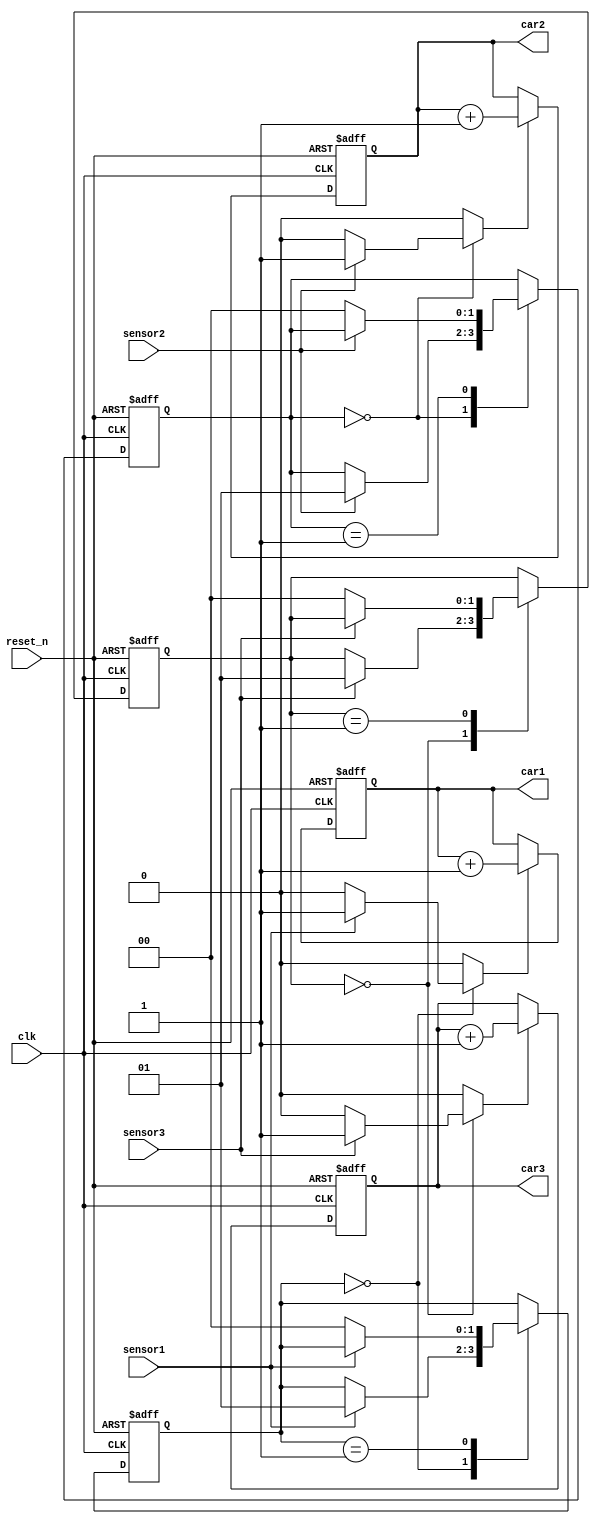
module count_car (
	input            clk        ,    
	input            reset_n    ,  
	input            sensor1    ,
	input            sensor2    ,
	input            sensor3    ,
	output reg [1:0] car1       ,
	output reg [1:0] car2       ,
	output reg [1:0] car3);

	reg [1:0] next_state_c1, current_state_c1;
	reg [1:0] next_state_c2, current_state_c2;
	reg [1:0] next_state_c3, current_state_c3;
	reg inc1;
	reg inc2;
	reg inc3;


localparam HOLD       = 2'b00,
           INC        = 2'b01;

always @(posedge clk or negedge reset_n) begin
	if(~reset_n) begin
		current_state_c1 <= 0;
	end else begin
		current_state_c1 <= next_state_c1;
	end
end

always @(*) begin
	inc1 = 1'b0;
	next_state_c1 = current_state_c1;
	case (current_state_c1)
		HOLD: begin 
			if (sensor1) begin
				inc1 = 1'b1;
				next_state_c1 = INC;
			end else begin 
				next_state_c1 = current_state_c1;
			end
		end
		INC: begin 
			if (!sensor1) begin
				next_state_c1 = HOLD;
			end
		end
	endcase
end

always @(posedge clk or negedge reset_n) begin
	if(~reset_n) begin
		current_state_c2 <= 0;
	end else begin
		current_state_c2 <= next_state_c2;
	end
end

always @(*) begin
	inc2 = 1'b0;
	next_state_c2 = current_state_c2;
	case (current_state_c2)
		HOLD: begin 
			if (sensor2) begin
				inc2 = 1'b1;
				next_state_c2 = INC;
			end
		end
		INC: begin 
			if (!sensor2) begin
				next_state_c2 = HOLD;
			end
		end
	endcase
end

always @(posedge clk or negedge reset_n) begin
	if(~reset_n) begin
		current_state_c3 <= HOLD;
	end else begin
		current_state_c3 <= next_state_c3;
	end
end

always @(*) begin
	inc3 = 1'b0;
	next_state_c3 = current_state_c3;
	case (current_state_c3)
		HOLD: begin 
			if (sensor3) begin
				inc3 = 1'b1;
				next_state_c3 = INC;
			end
		end
		INC: begin 
			if (!sensor3) begin
				next_state_c3 = HOLD;
			end
		end
	endcase
end

always @(posedge clk or negedge reset_n) begin
	if(~reset_n) begin
		car1 <= 0;
	end else if (inc1) begin
		car1 <= car1+1;
	end
end

always @(posedge clk or negedge reset_n) begin
	if(~reset_n) begin
		car2 <= 0;
	end else if (inc2) begin
		car2 <= car2+1;
	end
end

always @(posedge clk or negedge reset_n) begin
	if(~reset_n) begin
		car3 <= 0;
	end else if (inc3) begin
		car3 <= car3+1;
	end
end
endmodule